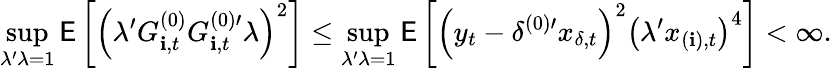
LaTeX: \operatorname*{sup}_{\lambda^{\prime}\lambda=1}\mathsf{E}\left[\left(\lambda^{\prime}G_{\mathbf{i},t}^{(0)}G_{\mathbf{i},t}^{(0)\prime}\lambda\right)^{2}\right]\leq\operatorname*{sup}_{\lambda^{\prime}\lambda=1}\mathsf{E}\left[\left(y_{t}-\delta^{(0)\prime}x_{\delta,t}\right)^{2}\left(\lambda^{\prime}x_{(\mathbf{i}),t}\right)^{4}\right]<\infty.